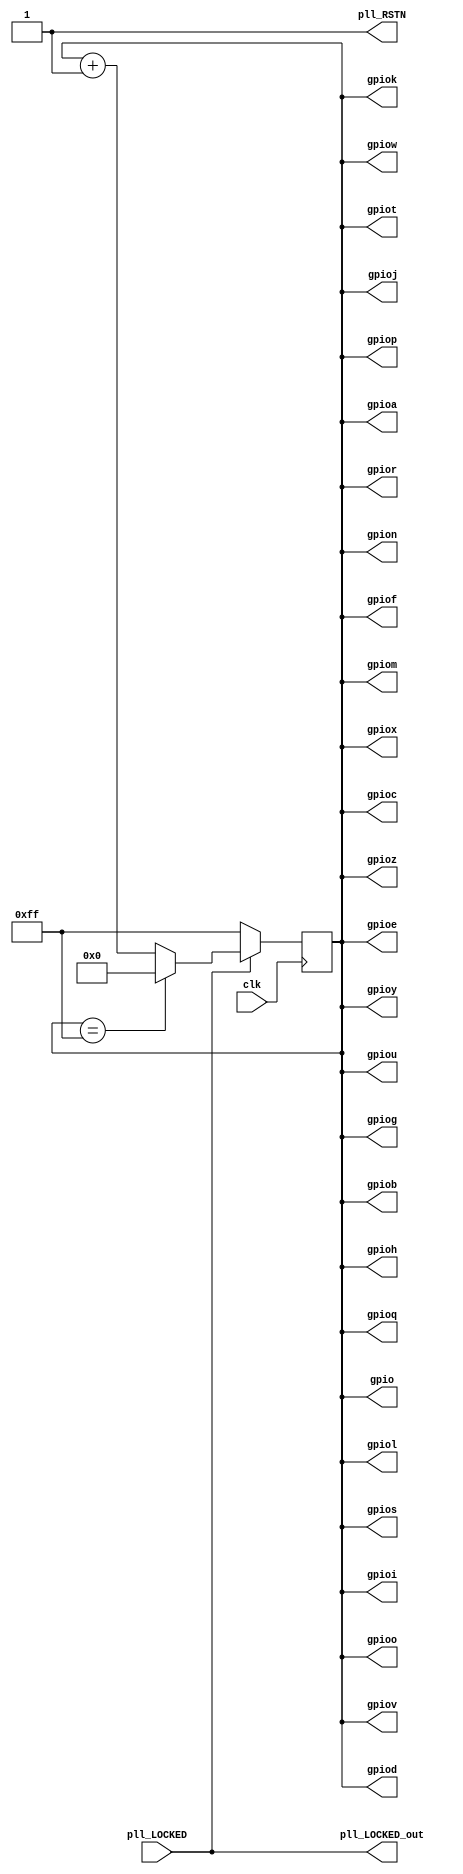
module t35_gpio_test (clk, pll_LOCKED, pll_LOCKED_out, pll_RSTN, gpio, gpioa, gpiob, gpioc,
                      gpiod, gpioe, gpiof, gpiog, gpioh, gpioi, gpioj, gpiok, gpiol, gpiom,
                      gpion, gpioo, gpiop, gpioq, gpior, gpios, gpiot, gpiou, gpiov, gpiow,
                      gpiox, gpioy, gpioz); 

 input clk, pll_LOCKED;
 output pll_LOCKED_out;
 output pll_RSTN;
 output [7:0]   gpio, gpioa, gpiob, gpioc, gpiod, 
                gpioe, gpiof, gpiog, gpioh, gpioi,
                gpioj, gpiok, gpiol, gpiom, gpion,
                gpioo, gpiop, gpioq, gpior, gpios,
                gpiot, gpiou, gpiov, gpiow, gpiox,
                gpioy, gpioz;
 
 reg [7:0] counter;

   //pll_RSTN net is always "1",  not needed to reset counter as pll_LOCKED does that
   assign pll_RSTN = 1'b1;
   assign pll_LOCKED_out = pll_LOCKED;
   
   always @(posedge clk) 
   begin
        if (!pll_LOCKED) 
            counter <= 8'b11111111;
        else
            if (counter == 8'b11111111)
                counter <= 8'b00000000;
            else
                counter <= counter + 1;
   end
  
   assign gpio =  counter;
   assign gpioa = counter;
   assign gpiob = counter;
   assign gpioc = counter;
   assign gpiod = counter;
   assign gpioe = counter;
   assign gpiof = counter;
   assign gpiog = counter;
   assign gpioh = counter;
   assign gpioi = counter;
   assign gpioj = counter;
   assign gpiok = counter;
   assign gpiol = counter;
   assign gpiom = counter;
   assign gpion = counter;
   assign gpioo = counter;
   assign gpiop = counter;
   assign gpioq = counter;
   assign gpior = counter;
   assign gpios = counter;
   assign gpiot = counter;
   assign gpiou = counter;
   assign gpiov = counter;
   assign gpiow = counter;
   assign gpiox = counter;
   assign gpioy = counter;
   assign gpioz = counter;

endmodule